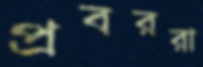
প্রবররা